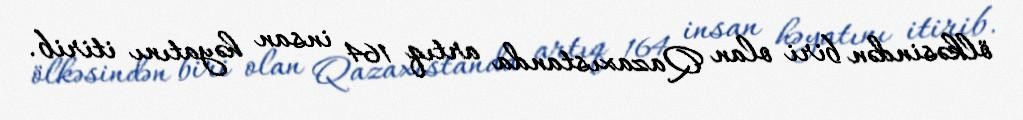
ölkəsindən biri olan Qazaxıstanda artıq 164 insan həyatını itirib.